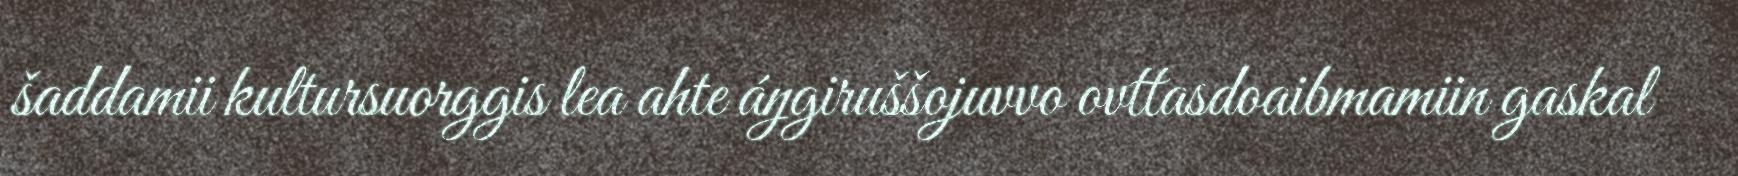
šaddamii kultursuorggis lea ahte áŋgiruššojuvvo ovttasdoaibmamiin gaskal